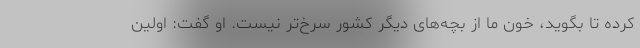
کرده تا بگوید، خون ما از بچه‌های دیگر کشور سرخ‌تر نیست. او گفت: اولین